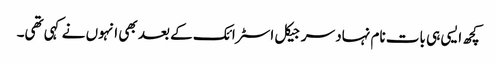
کچھ ایسی ہی بات نام نہاد سرجیکل اسٹرائک کے بعد بھی انہوں نے کہی تھی۔